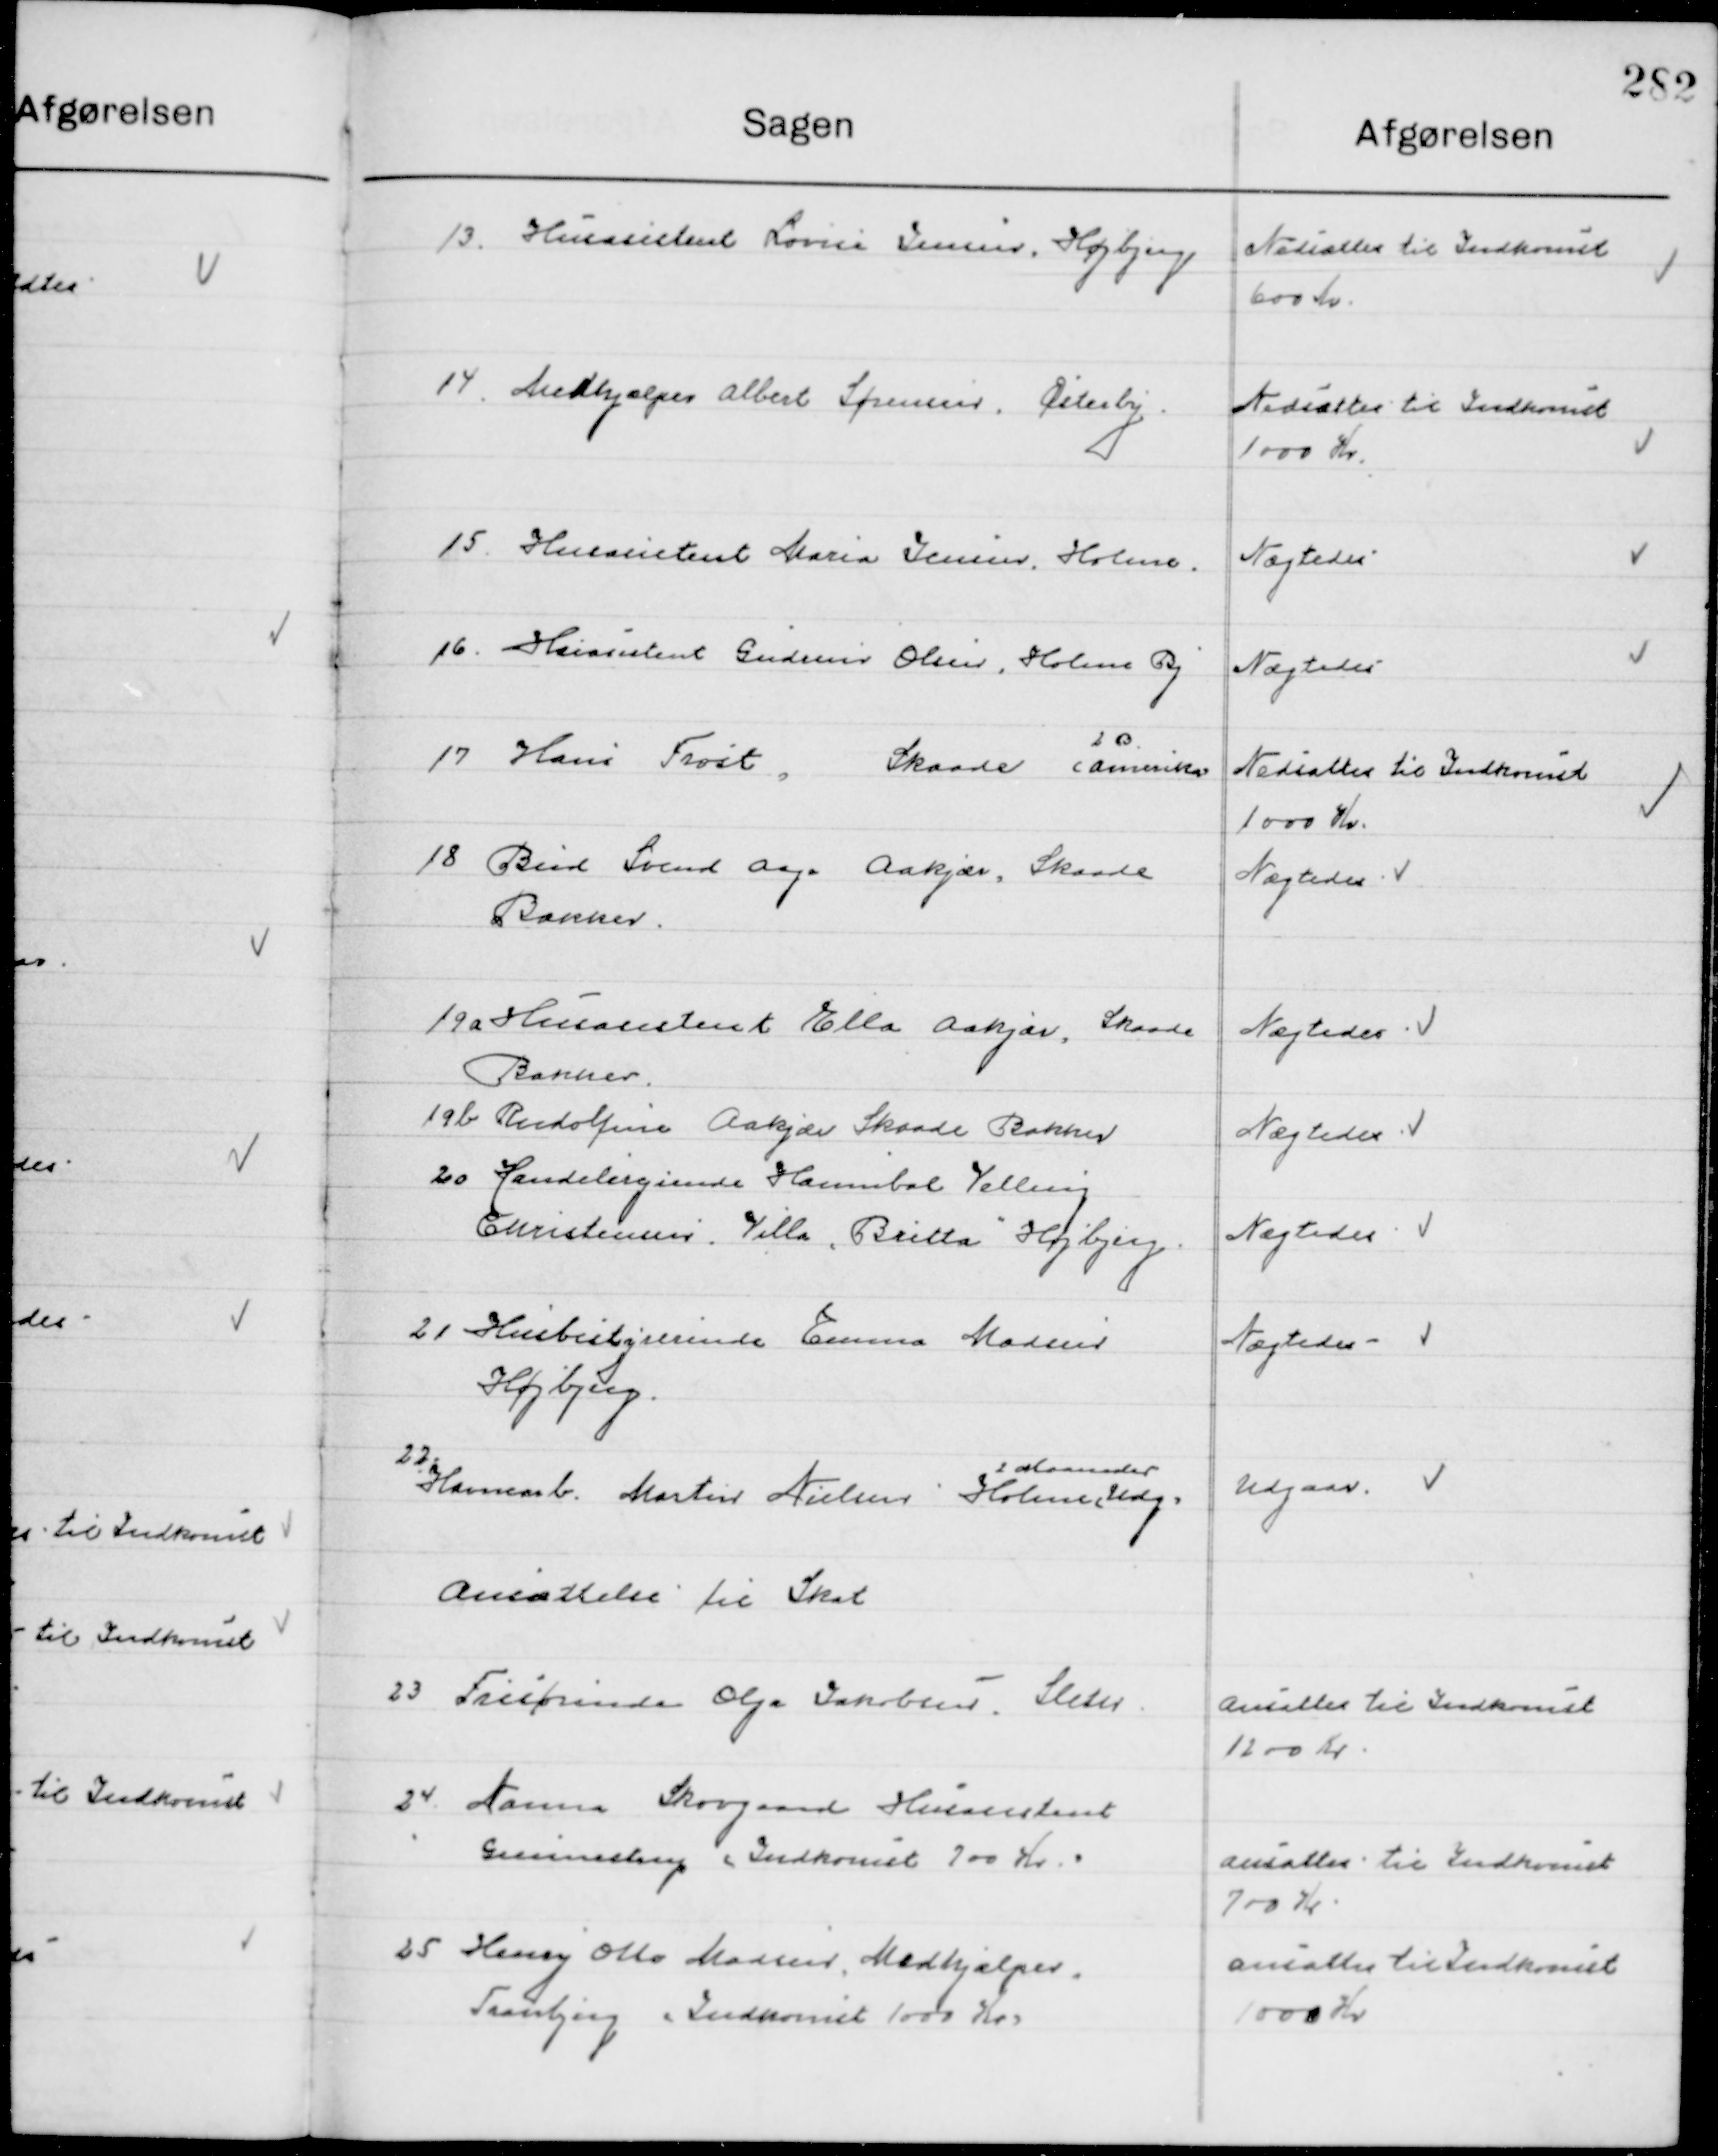
Transskription:
13

Husassistent Louise Jensen, Højbjerg

Nedsættes til Indkomst
600 Kr.

14

Medhjælper Albert Sørensen, Østerby.

Nedsættes til Indkomst 
1000 Kr.

15

Husassistent Maria Jensen, Holme.

Nægtes

16

Husassistent Gudrun Olsen, Holme By.

Nægtes

17

Hans Frost Skaade (Amerika)	
20

Nedsættes til Indkomst
1000 Kr.

18

Bud Svend Aage Aakjær, Skaade 
Bakker

Nægtes

19 a

Husassistent Ella Aakjær, Skaade
Bakker

Nægtes

19 b

Rudolfine Aakjær, Skaade Bakker

Nægtes

20

Handelesrejsende Hannibal Velling 
Christensen, Villa ”Britta” Højbjerg

Nægtes

21

Husbestyrerinde Emma Madsen
Højbjerg

Nægtes

22

Havnearb. Martin Nielsen Holme Udg. 
2 Maaneder
Ansættelse til Skat

Udgaar

23

Frisørinde Olga Jakobsen, Sletter

Ansættes til Indkomst
1200 Kr.

24

Anna Skovgaard Husassistent 
Gunnestrup ”Indkomst 700 Kr.”

Ansættes til Indkomst
700 Kr.

25

Henry Otto Madsen, Medhjælper
Tranbjerg ”Indkomst 1000 Kr.”

Ansættes til Indkomst
1000 Kr.